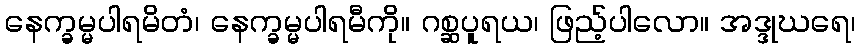
နေက္ခမ္မပါရမိတံ၊ နေက္ခမ္မပါရမီကို။ ဂစ္ဆပူရယ၊ ဖြည့်ပါလော။ အဒ္ဒုဃရေ၊